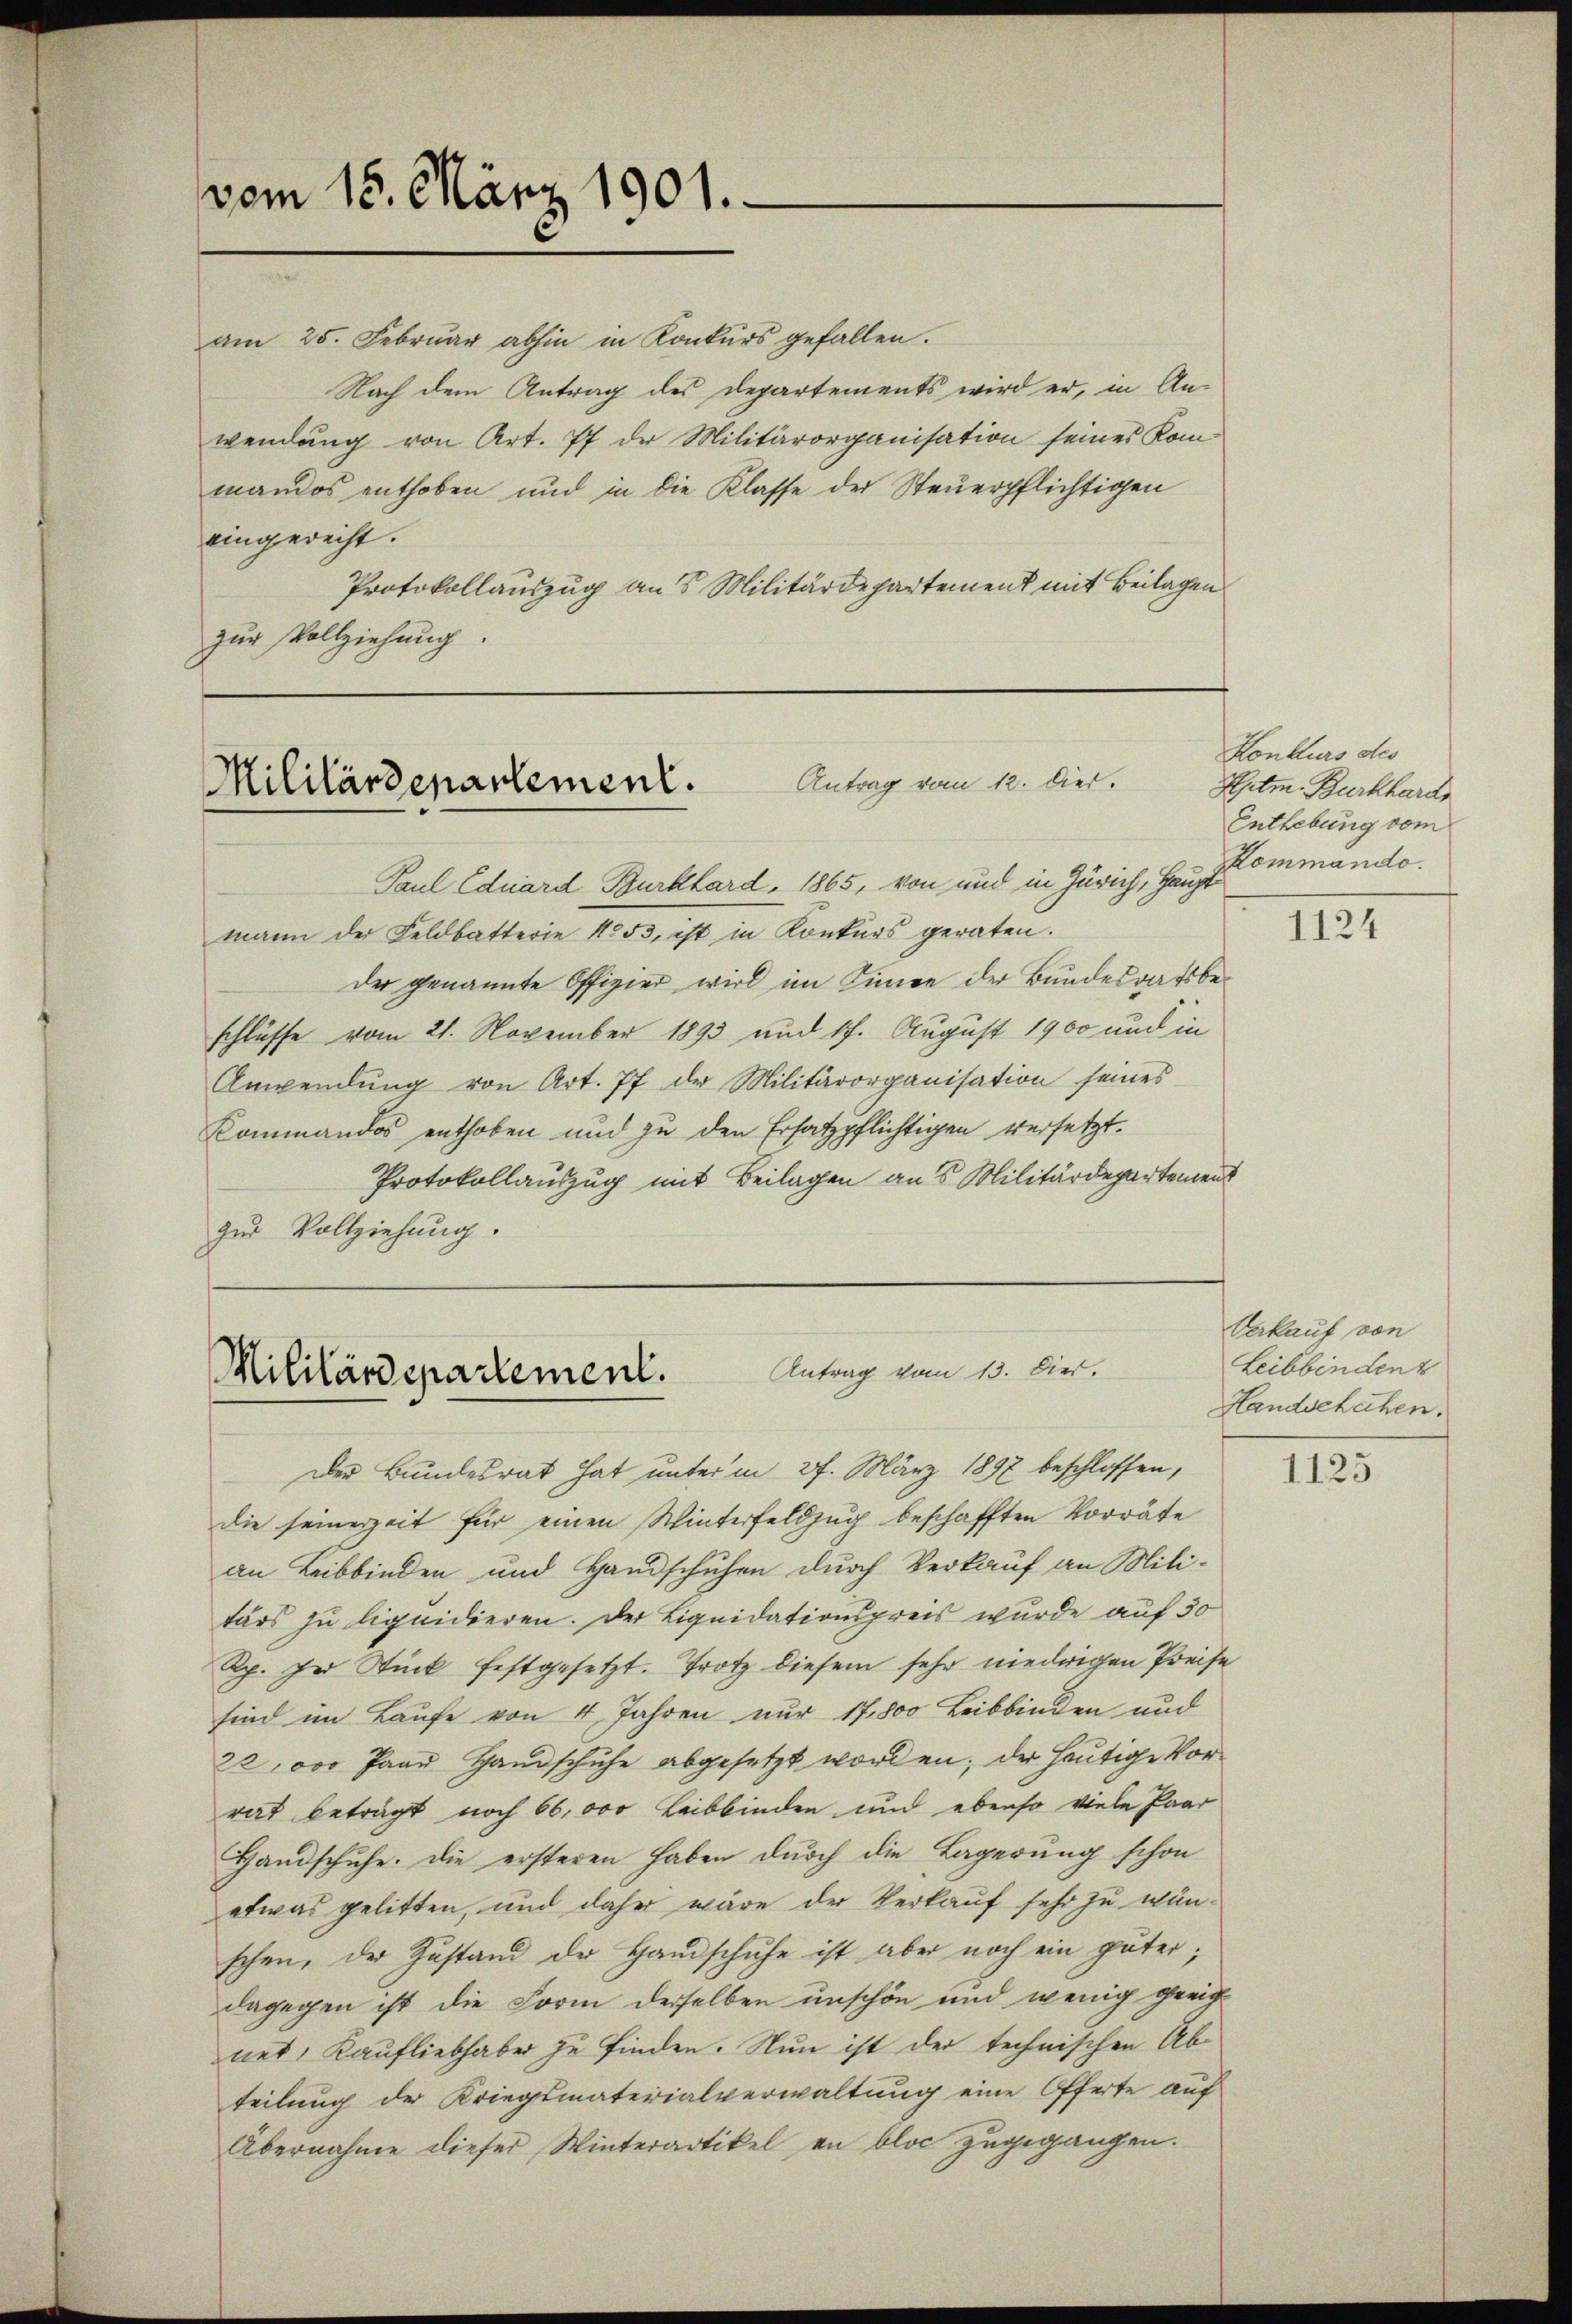
vom 15. März 1901.

Antrag vom 12. Der.
Militärdepartement.

am 25. Febrŭar abhin in Konkŭrs gefallen.
Nach dem Antrag des Departements wird er, in Anwendung von Art. 77 der Militärorganisation seines Kom-
mandos enthoben und in die Klasse der Steuerpflichtigen
eingerecht.
Protokollauszug an 5 Militärdepartement mit Beilagen
zur Vollziehung.

Paul Eduard Burkhard, 1865, von und in Zürich, Haupt
mann der Feldbatterie 1853, ist in Konkurs geraten.
der genannte Offizier wird im Sinnen der Bundesratsbeschlüsse vom 21. November 1893 und 17. August 1900 und in
Anwendŭng von Art. 77 der Militärorganisation seines
Kommandos enthoben und zu den Ersatzpflichtigen versetzt.
Protokollauszug mit Beilagen aus Militärdepartement
zur Vollziehung.

Antrag vom 13. Dier.
Militärdepartement.

Der Bundesrat hat unterm 27. März 1897 beschlossen,
die seinerzeit für einen Winterfeldzug beschafften Vorräte
an Leibbinden und Handschuhen durch Verkauf an Mili-
tärs zu liquidieren. Der Liquidationspreis wurde auf 30
Rp. in Stück festgesetzt. Trotz diesem sehr niedrigen Preise
sind im Laufe von 4 Jahren nur 17800 Leibbinden und
22,000 Paar Handschuhe abgesetzt worden; der heutige Vorrat beträgt noch 66,000 Leibbinden und ebenso viele Paar
Handschuhe. Die ersteren haben dŭrch die Lagerŭng schon
etwas gelitten, und daher wäre der Verkauf sehr zu wünschen, der Zustand der Handschuhe ist aber noch ein guter;
dagegen ist die Form derselben unschön und wenig geeichnet, Kaufliebhaber zu finden. Nun ist der technischen Abteilung der Kriegsmaterialverwaltung eine Offerte auf
Übernahme dieser Winterartikel en blos zugegangen.

Konkurs des
Hptm. Burkhard
Enthebung vom
Kommando.

1124

Verkauf von
Leibbinden k
Handschähen.

1125